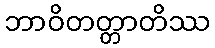
ဘာဝိတတ္တာတိဿ